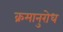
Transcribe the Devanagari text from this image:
क्रमानुरोध